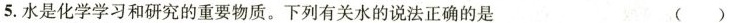
5.水是化学学习和研究的重要物质。下列有关水的说法正确的是 ( )